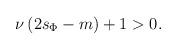
\begin{align*} \nu\left(2s_\Phi-m\right)+1>0.\end{align*}